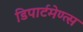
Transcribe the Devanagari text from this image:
डिपार्टमेण्त्स